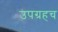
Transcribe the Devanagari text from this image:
उपग्रहच